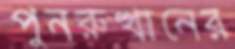
পুনরুত্থানের